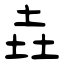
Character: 垚